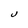
Character: J